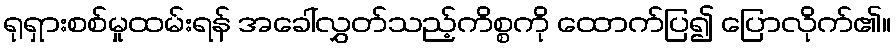
ရုရှားစစ်မှုထမ်းရန် အခေါ်လွှတ်သည့်ကိစ္စကို ထောက်ပြ၍ ပြောလိုက်၏။